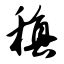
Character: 稹